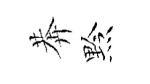
莾黔